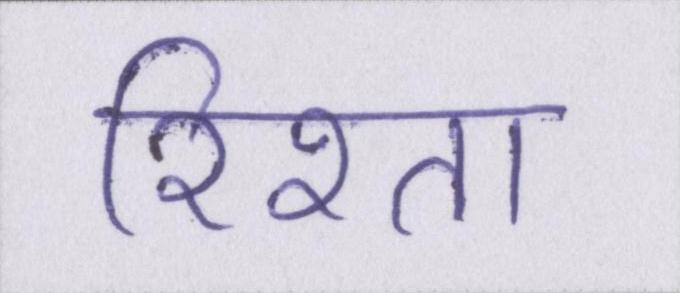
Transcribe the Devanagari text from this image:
रिश्ता